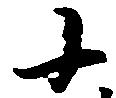
小